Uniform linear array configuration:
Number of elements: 24
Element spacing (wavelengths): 1
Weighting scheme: uniform
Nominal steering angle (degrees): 15
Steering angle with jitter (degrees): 13.08
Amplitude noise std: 0.05
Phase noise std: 0.05

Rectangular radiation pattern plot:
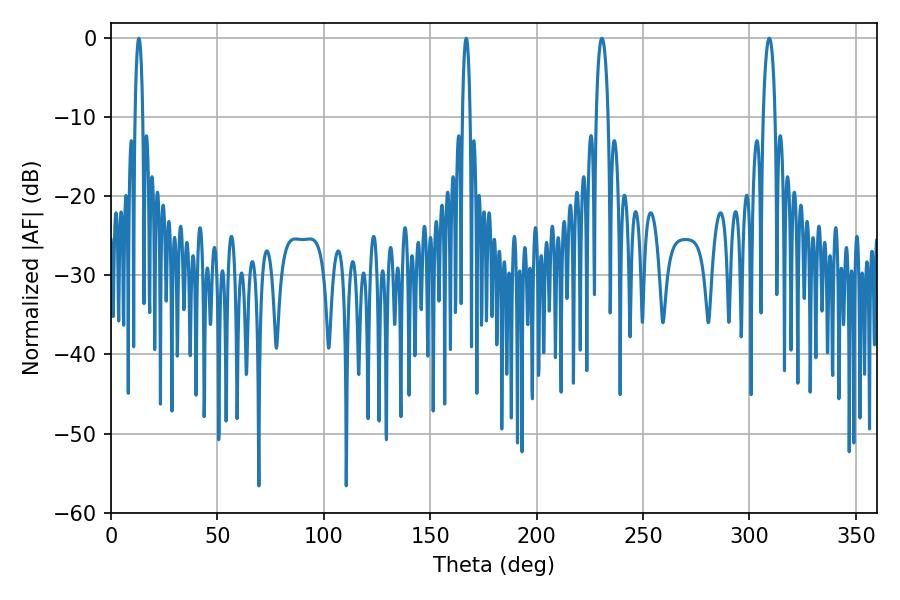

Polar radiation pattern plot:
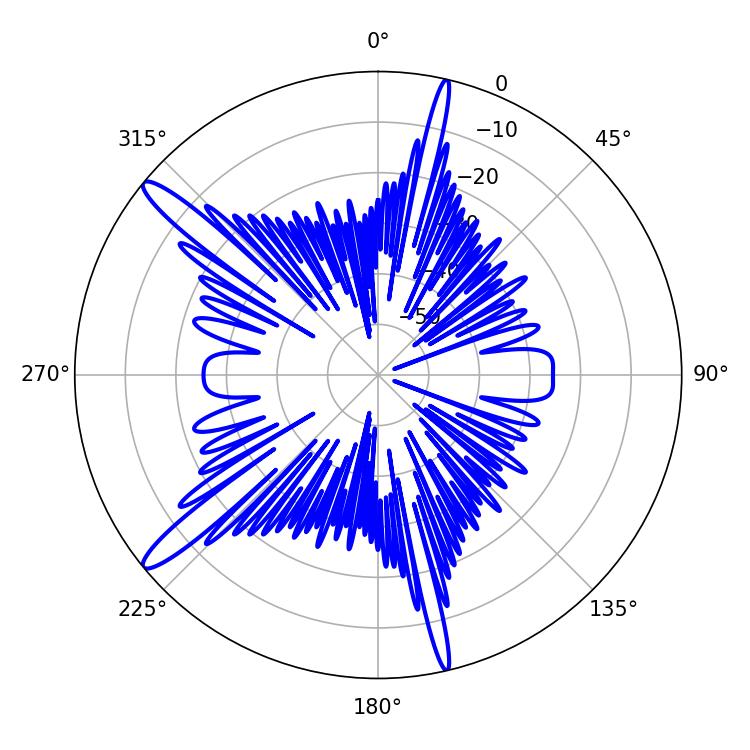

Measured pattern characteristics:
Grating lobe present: TRUE
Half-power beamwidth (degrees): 1.98
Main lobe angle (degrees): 13.14